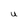
Character: U